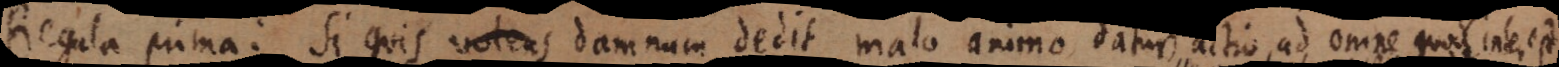
Regula prima: Si quis volens damnum dedit malo animo, datur actio ad omne quod interest.